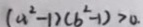
( a ^ { 2 } - 1 ) ( b ^ { 2 } - 1 ) > 0 .